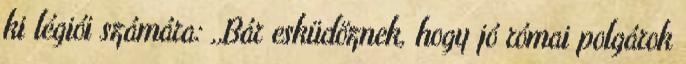
ki légiói számára: ,,Bár esküdöznek, hogy jó római polgárok